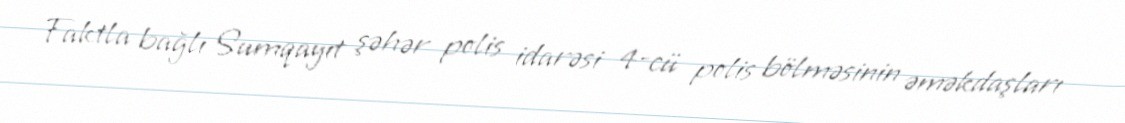
Faktla bağlı Sumqayıt şəhər polis idarəsi 4-cü polis bölməsinin əməkdaşları